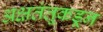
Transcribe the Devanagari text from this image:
अक्षतंतूकडून